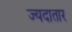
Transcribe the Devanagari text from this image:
ज्यदातार